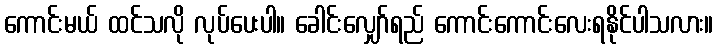
ကောင်းမယ် ထင်သလို လုပ်ပေးပါ။ ခေါင်းလျှော်ရည် ကောင်းကောင်းလေးရနိုင်ပါသလား။